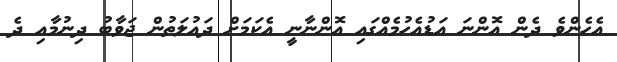
އެހެންވެ ދެން އޮންނަ އަޑުއެހުމެއްގައި އޮންނާނީ އެކަމަށް ދައުލަތުން ޖަވާބު ދިނުމާއި ދެ